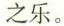
之乐。